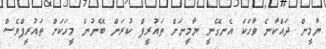
ޔާމީން ދައްކާނެ ވާހަކަ އެނގޭނީ ޔާމީނަށް ތައުރީފް ކުރަން ބޭނުން މީހަކަށް ތައުރީފްވެެސް